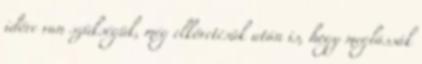
időre van szükségük, még elkövetésük után is, hogy meglássák